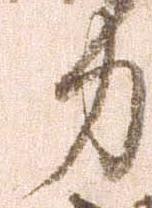
力